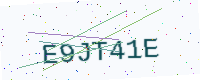
Text: E9JT41E